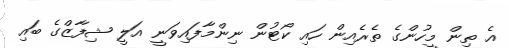
އެ ތިން މީހުންގެ ތެރެއިން ހައި ކޯޓުން ނިންމާފައިވަނީ އަލީ ޝިފާޒްގެ ބައި